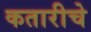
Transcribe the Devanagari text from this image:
कतारीचे